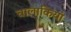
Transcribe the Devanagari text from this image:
चालाकियां